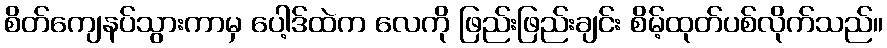
စိတ်ကျေနပ်သွားကာမှ ပေါ့ဒ်ထဲက လေကို ဖြည်းဖြည်းချင်း စိမ့်ထုတ်ပစ်လိုက်သည်။